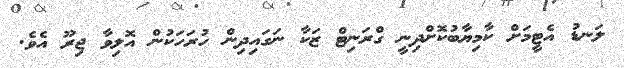
ލަނޑު އެޓީމަށް ކާމިޔާބުކޮށްދިނީ ގްރަނިޓް ޒަކާ ނަގައިދިން ހުރަހަކުން އޮލިވާ ޖިރޫ އެވެ.